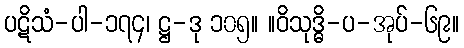
ပဋိသံ-ပါ-၁၇၄၊ ဋ္ဌ-ဒု ၁၀၅။ ။ဝိသုဒ္ဓိ-ပ-အုပ်-၆၉။